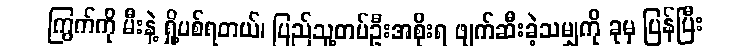
ကြွက်ကို မီးနဲ့ ရှို့ပစ်ရတယ်၊ ပြည်သူ့တပ်ဦးအစိုးရ ဖျက်ဆီးခဲ့သမျှကို ခုမှ ပြန်ပြီး